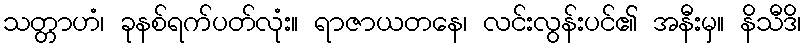
သတ္တာဟံ၊ ခုနစ်ရက်ပတ်လုံး။ ရာဇာယတနေ၊ လင်းလွန်းပင်၏ အနီးမှ။ နိသီဒိ၊